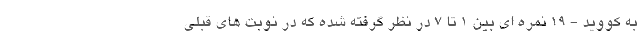
به کووید - ۱۹ نمره ای بین ۱ تا ۷ در نظر گرفته شده که در نوبت های قبلی